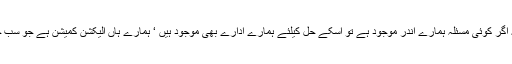
ہم نے بارہا کہا ہے کہ اگر کوئی مسئلہ ہمارے اندر موجود ہے تو اُسکے حل کیلئے ہمارے ادارے بھی موجود ہیں ‘ ہمارے ہاں الیکشن کمیشن ہے جو سب جانتے ہیں کہ آزاد ہے۔